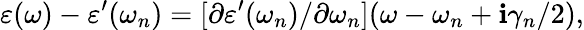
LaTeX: \varepsilon(\omega)-\varepsilon^{\prime}(\omega_{n})=[\partial\varepsilon^{\prime}(\omega_{n})/\partial\omega_{n}](\omega-\omega_{n}+\mathbf{i}\gamma_{n}/2),